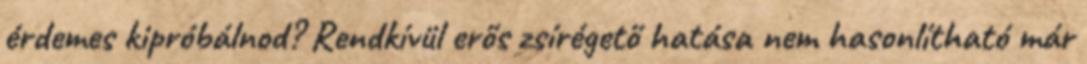
érdemes kipróbálnod? Rendkívül erős zsírégető hatása nem hasonlítható már